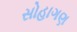
સોહાગણ